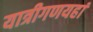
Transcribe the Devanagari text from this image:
यात्रीगणयहां